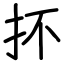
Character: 抔